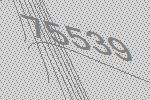
75539